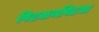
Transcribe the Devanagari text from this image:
पिढ्यानपिढया